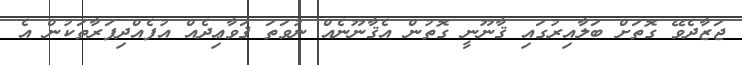
ޖަޒާދެވޭ ގޮތަށް ބަލާއިރުގައި ޤާނޫނީ ގޮތުން އެޤާނޫނެއް ނުވަތަ ޤަވާޢިދެއް އުފެއްދިފަރާތަކުން އެ